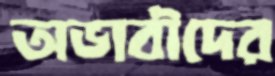
অভাবীদের